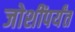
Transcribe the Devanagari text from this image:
जोशींपर्यंत